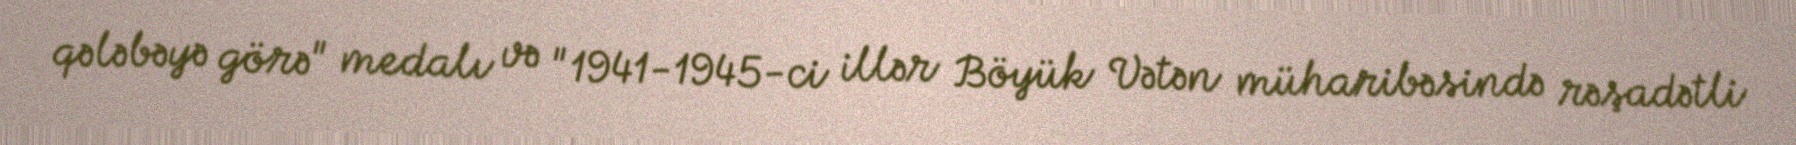
qələbəyə görə" medalı və "1941-1945-ci illər Böyük Vətən müharibəsində rəşadətli